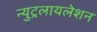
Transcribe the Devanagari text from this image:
न्युट्रलायलेशन